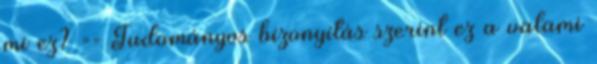
mi ez? == Tudományos bizonyítás szerint ez a valami